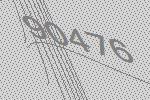
90476